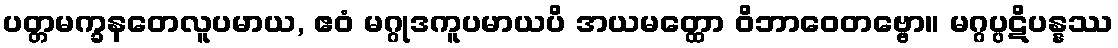
ပတ္တမက္ခနတေလူပမာယ, ဧဝံ မဂ္ဂုဒကူပမာယပိ အယမတ္ထော ဝိဘာဝေတဗ္ဗော။ မဂ္ဂပ္ပဋိပန္နဿ